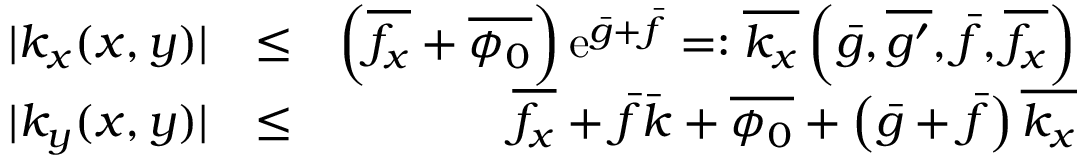
\begin{array} { r l r } { | k _ { x } ( x , y ) | } & { \leq } & { \left( \overline { { f _ { x } } } + \overline { { \phi _ { 0 } } } \right) \mathrm { e } ^ { \bar { g } + \bar { f } } = : \overline { { k _ { x } } } \left( \bar { g } , \overline { { g ^ { \prime } } } , \bar { f } , \overline { { f _ { x } } } \right) } \\ { | k _ { y } ( x , y ) | } & { \leq } & { \overline { { f _ { x } } } + \bar { f } \bar { k } + \overline { { \phi _ { 0 } } } + \left( \bar { g } + \bar { f } \right) \overline { { k _ { x } } } } \end{array}